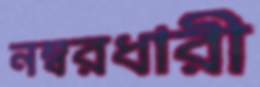
নম্বরধারী